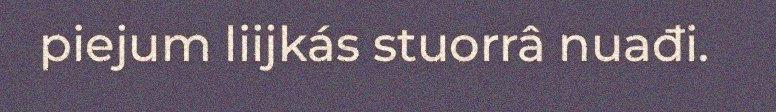
piejum liijkás stuorrâ nuađi.